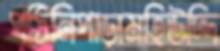
পঠিনিপাড়ামহিউদ্দি